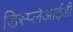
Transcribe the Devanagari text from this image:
डिस्प्लेआईडी